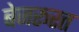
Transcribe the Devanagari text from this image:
बेजरूरत